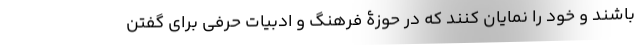
باشند و خود را نمایان کنند که در حوزۀ فرهنگ و ادبیات حرفی برای گفتن